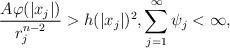
LaTeX: \begin{align*} \frac{A\varphi(|x_j|)}{r^{n-2}_{j}} >h(|x_j|)^2, \sum^{\infty}_{j=1} \psi_j <\infty, \end{align*}